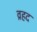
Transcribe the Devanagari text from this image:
व्रहद